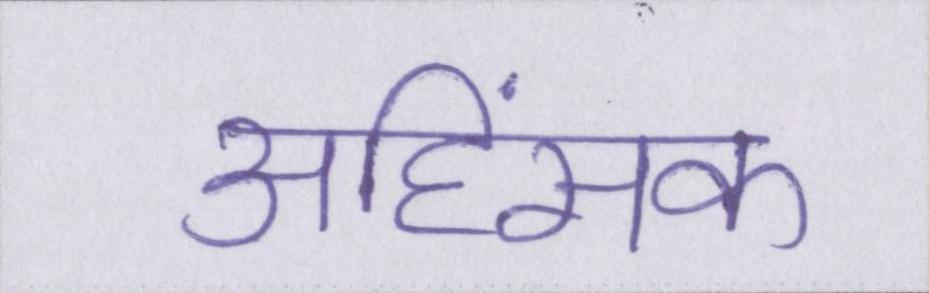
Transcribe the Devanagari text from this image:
अहिंसक